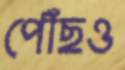
পৌঁছও